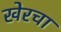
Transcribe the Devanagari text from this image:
खेरचा